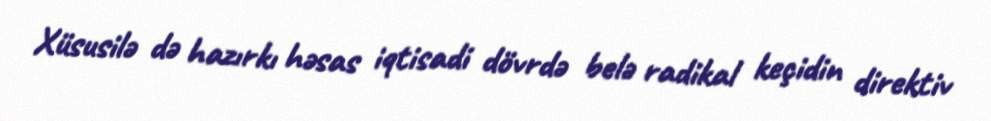
Xüsusilə də hazırkı həsas iqtisadi dövrdə belə radikal keçidin direktiv